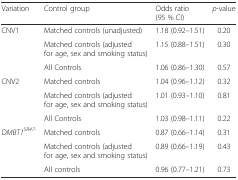
| Variation | Control group | Odds ratio (95 % CI) | p-value |
 | --- | --- | --- | --- |
 | <ROWSPAN=3> CNV1 | Matched controls (unadjusted) | 1.18 (0.92–1.51) | 0.20 |
 | Matched controls (adjusted for age, sex and smoking status) | 1.15 (0.88–1.51) | 0.30 |
 | All Controls | 1.06 (0.86–1.30) | 0.57 |
 | <ROWSPAN=3> CNV2 | Matched controls | 1.04 (0.96–1.12) | 0.32 |
 | Matched controls (adjusted for age, sex and smoking status) | 1.01 (0.93–1.10) | 0.81 |
 | All Controls | 1.03 (0.98–1.11) | 0.22 |
 | <ROWSPAN=3> DMBT1SR47- | Matched controls | 0.87 (0.66–1.14) | 0.31 |
 | Matched controls (adjusted for age, sex and smoking status) | 0.89 (0.66–1.19) | 0.43 |
 | All controls | 0.96 (0.77–1.21) | 0.73 |